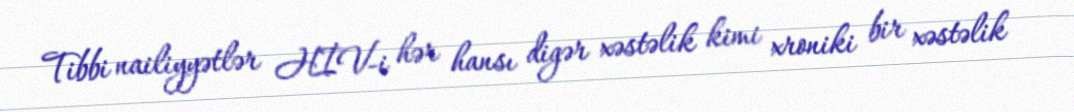
Tibbi nailiyyətlər HİV-i hər hansı digər xəstəlik kimi xroniki bir xəstəlik